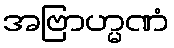
အဗြာဟ္မဏံ